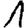
Digit: 1